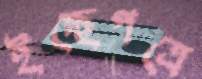
ইচ্ছেপত্রে